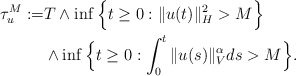
\begin{align*}\tau_{u}^M := & T\wedge \inf\Big\{t\geq 0: \Vert u(t)\Vert_H^2 > M \Big\} \\ & \wedge \inf\Big\{t\geq 0: \int_0^t\Vert u(s)\Vert_{V}^{\alpha}ds > M\Big\} .\end{align*}